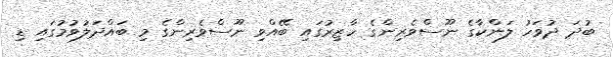
ބުދަ ދުވަހު ލަންކާގެ ނޫސްވެރިންގެ ހާޒިރުގައި ބޭއްވި ނޫސްވެރިންގެ މި ބައްދަލުވުމުގައި ޑި